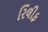
રિલીફ